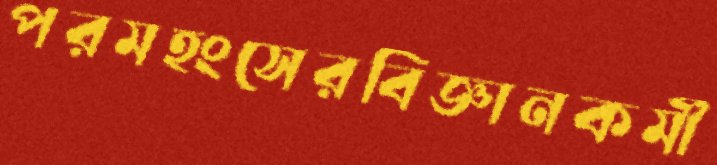
পরমহংসেরবিজ্ঞানকর্মী